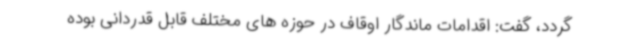
گردد، گفت: اقدامات ماندگار اوقاف در حوزه های مختلف قابل قدردانی بوده